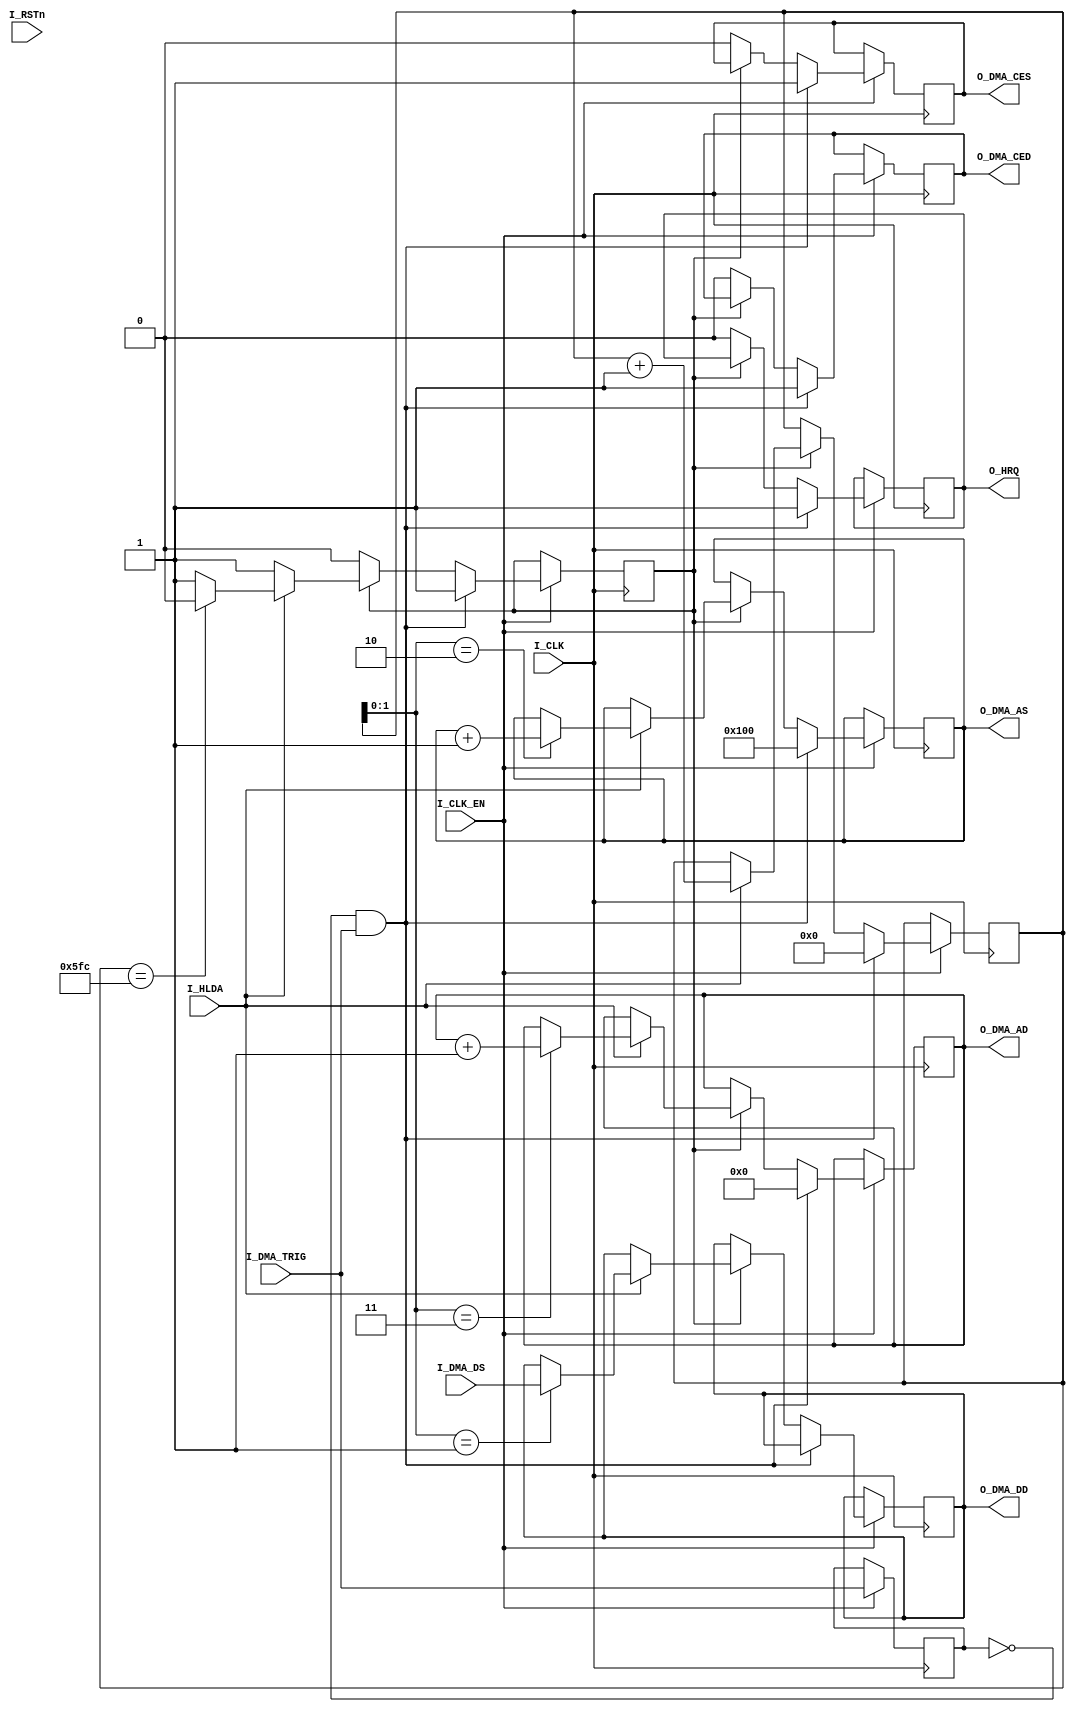
// This program was cloned from: https://github.com/MiSTeX-devel/MiSTeX-ports
// License: BSD 3-Clause "New" or "Revised" License

//============================================================================
// Sprite DMA.
// 
// October 2019
//
// Simplified sprite DMA. To Do: Implement full 8257 DMA controller.
// Added HRQ/HLDA - slingshot
//============================================================================

module dkong_dma
(
	input		I_CLK,
	input		I_CLK_EN,
	input		I_RSTn,
	input		I_DMA_TRIG,
	input		[7:0]I_DMA_DS,
	input   I_HLDA,

	output  reg O_HRQ,
	output	[9:0]O_DMA_AS,
	output 	[9:0]O_DMA_AD,
	output	[7:0]O_DMA_DD,
	output	O_DMA_CES,
	output	O_DMA_CED
);

parameter dma_cnt_end = 10'h17F;

reg W_DMA_EN = 1'b0;
reg [10:0]W_DMA_CNT;
reg [7:0]W_DMA_DATA;
reg [9:0]DMA_ASr;
reg [9:0]DMA_ADr;
reg [7:0]DMA_DDr;
reg DMA_CESr, DMA_CEDr;

always @(posedge I_CLK)
if (I_CLK_EN) begin : dma_block
	reg old_trig;

	old_trig <= I_DMA_TRIG;

	if(~old_trig & I_DMA_TRIG)
		begin
			DMA_ASr   <= 10'h100; 
			DMA_ADr   <= 0;
			W_DMA_CNT <= 0;
			W_DMA_EN  <= 1'b1;
			DMA_CESr  <= 1'b1;
			DMA_CEDr  <= 1'b1;
			O_HRQ     <= 1'b1;
		end
	else if(W_DMA_EN) begin
		if (I_HLDA) begin
			case(W_DMA_CNT[1:0])
				1: DMA_DDr <= I_DMA_DS;
				2: DMA_ASr <= DMA_ASr + 1'd1;
				3: DMA_ADr <= DMA_ADr + 1'd1;
				default:;
			endcase 
			W_DMA_CNT <= W_DMA_CNT + 1'd1;
			W_DMA_EN <= W_DMA_CNT==dma_cnt_end*4 ? 1'b0 : 1'b1;
		end
	end else
		begin
			O_HRQ <= 1'b0;
			DMA_CESr <= 1'b0;
			DMA_CEDr <= 1'b0;
		end
end

assign O_DMA_AS	= DMA_ASr;
assign O_DMA_AD   = DMA_ADr;
assign O_DMA_DD   = DMA_DDr;
assign O_DMA_CES  = DMA_CESr;
assign O_DMA_CED  = DMA_CEDr;


endmodule